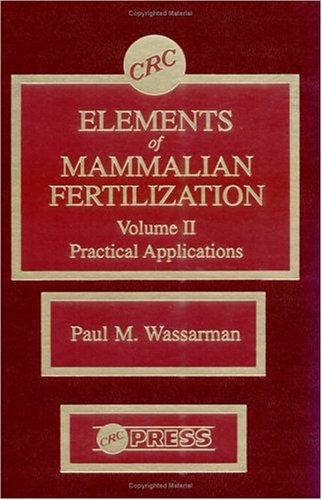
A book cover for Elements of Mammalian Fertilization, Volume II: Practical Applications; Paul M. Wassarman; Medical Books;